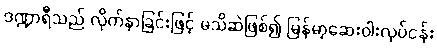
ဒဏ္ဍာရီသည် လိုက်နာခြင်းဖြင့် မသိဆဲဖြစ်၍ မြန်မာ့ဆေးဝါးလုပ်ငန်း